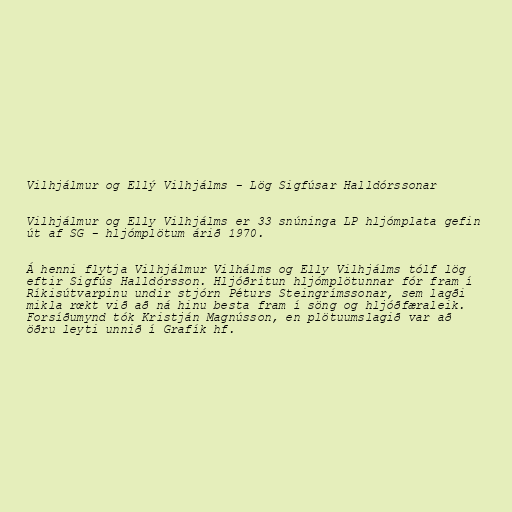
Vilhjálmur og Ellý Vilhjálms - Lög Sigfúsar Halldórssonar

Vilhjálmur og Elly Vilhjálms er 33 snúninga LP hljómplata gefin
út af SG - hljómplötum árið 1970.

Á henni flytja Vilhjálmur Vilhálms og Elly Vilhjálms tólf lög
eftir Sigfús Halldórsson. Hljóðritun hljómplötunnar fór fram í
Ríkisútvarpinu undir stjórn Péturs Steingrímssonar, sem lagði
mikla rœkt við að ná hinu besta fram í söng og hljóðfæraleik.
Forsíðumynd tók Kristján Magnússon, en plötuumslagið var að
öðru leyti unnið í Grafík hf.